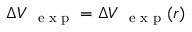
\Delta V _ { \mathrm { ~ \scriptsize ~ e ~ x ~ p ~ } } = \Delta V _ { \mathrm { ~ \scriptsize ~ e ~ x ~ p ~ } } ( r )